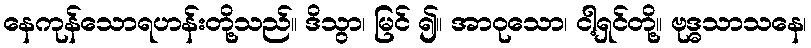
နေကုန်သောရဟန်းတို့သည်။ ဒိသွာ၊ မြင် ၍။ အာဝုသော၊ ငါ့ရှင်တို့။ ဗုဒ္ဓသာသနေ၊